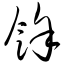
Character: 馀